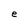
Character: e